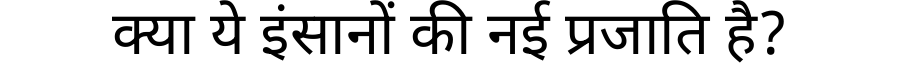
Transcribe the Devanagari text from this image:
क्या ये इंसानों की नई प्रजाति है?